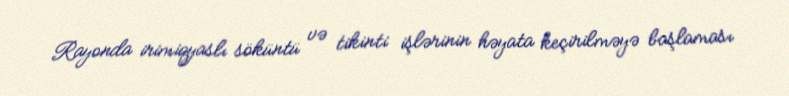
Rayonda irimiqyaslı söküntü və tikinti işlərinin həyata keçirilməyə başlaması